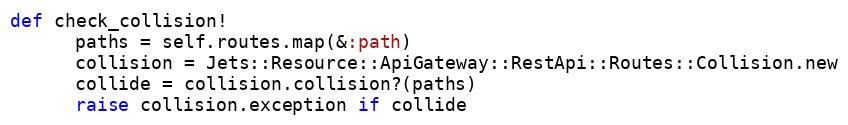
Language: Ruby
def check_collision!
      paths = self.routes.map(&:path)
      collision = Jets::Resource::ApiGateway::RestApi::Routes::Collision.new
      collide = collision.collision?(paths)
      raise collision.exception if collide